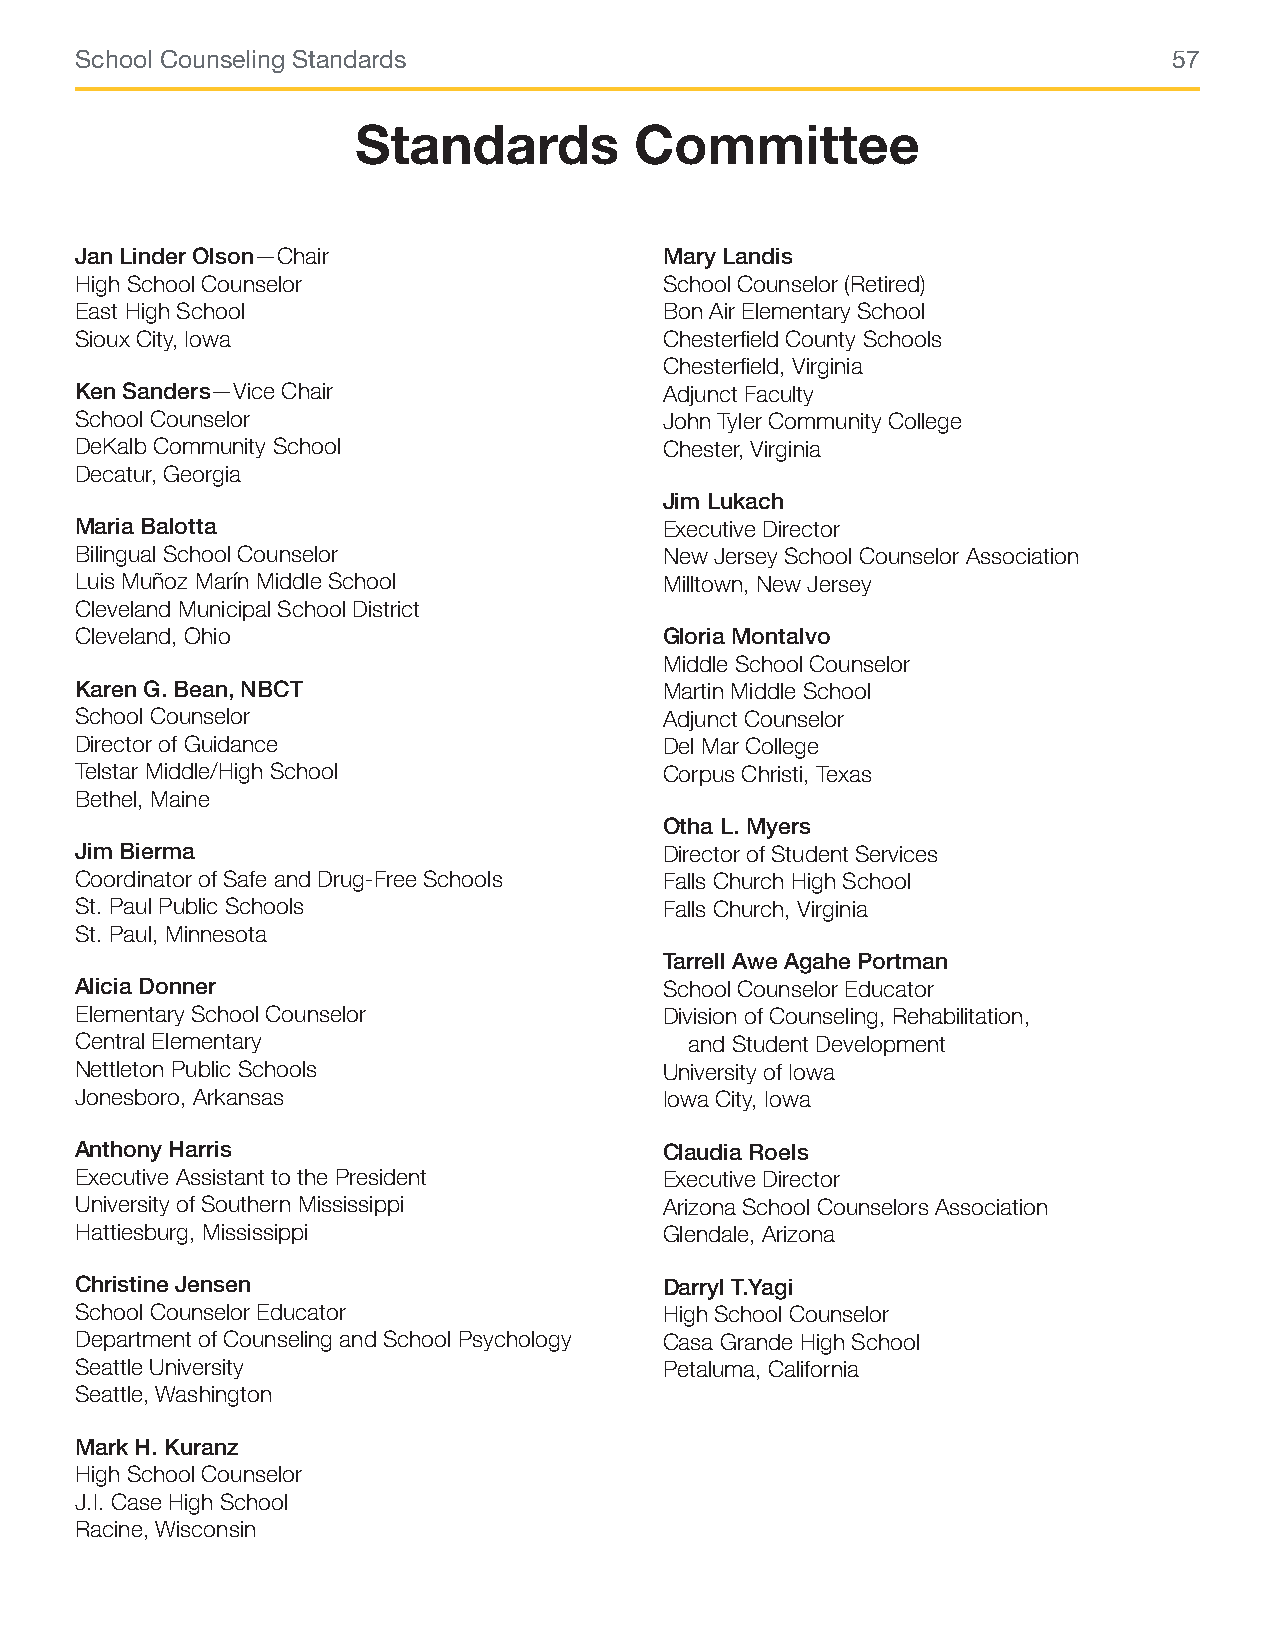
School Counseling Standards                                              57
 Standards         Committee
 Jan Linder Olson—Chair                 Mary Landis
 High School Counselor                  School Counselor (Retired)
 East High School                       Bon Air Elementary School
 Sioux City, Iowa                       Chesterfield County Schools
 Chesterfield, Virginia
 Ken Sanders—Vice Chair                 Adjunct Faculty
 School Counselor                       John Tyler Community College
 DeKalb Community School                Chester, Virginia
 Decatur, Georgia
 Jim Lukach
 Maria Balotta                          Executive Director
 Bilingual School Counselor             New Jersey School Counselor Association
 Luis Muñoz Marín Middle School         Milltown, New Jersey
 Cleveland Municipal School District
 Cleveland, Ohio                        Gloria Montalvo
 Middle School Counselor
 Karen G. Bean, NBCT                    Martin Middle School
 School Counselor                       Adjunct Counselor
 Director of Guidance                   Del Mar College
 Telstar Middle/High School             Corpus Christi, Texas
 Bethel, Maine
 Otha L. Myers
 Jim Bierma                             Director of Student Services
 Coordinator of Safe and Drug-Free Schools Falls Church High School
 St. Paul Public Schools                Falls Church, Virginia
 St. Paul, Minnesota
 Tarrell Awe Agahe Portman
 Alicia Donner                          School Counselor Educator
 Elementary School Counselor            Division of Counseling, Rehabilitation,
 Central Elementary                       and Student Development
 Nettleton Public Schools               University of Iowa
 Jonesboro, Arkansas                    Iowa City, Iowa
 Anthony Harris                         Claudia Roels
 Executive Assistant to the President   Executive Director
 University of Southern Mississippi     Arizona School Counselors Association
 Hattiesburg, Mississippi               Glendale, Arizona
 Christine Jensen                       Darryl T.Yagi
 School Counselor Educator              High School Counselor
 Department of Counseling and School Psychology Casa Grande High School
 Seattle University                     Petaluma, California
 Seattle, Washington
 Mark H. Kuranz
 High School Counselor
 J.I. Case High School
 Racine, Wisconsin